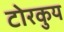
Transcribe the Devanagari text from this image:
टोरकुय